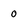
Character: 0